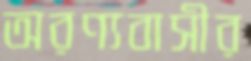
অরণ্যবাসীর